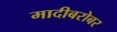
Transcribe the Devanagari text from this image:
मादीबरोबर